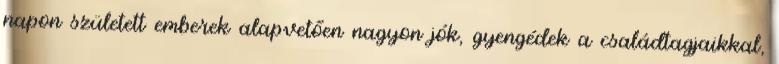
napon született emberek alapvetően nagyon jók, gyengédek a családtagjaikkal,